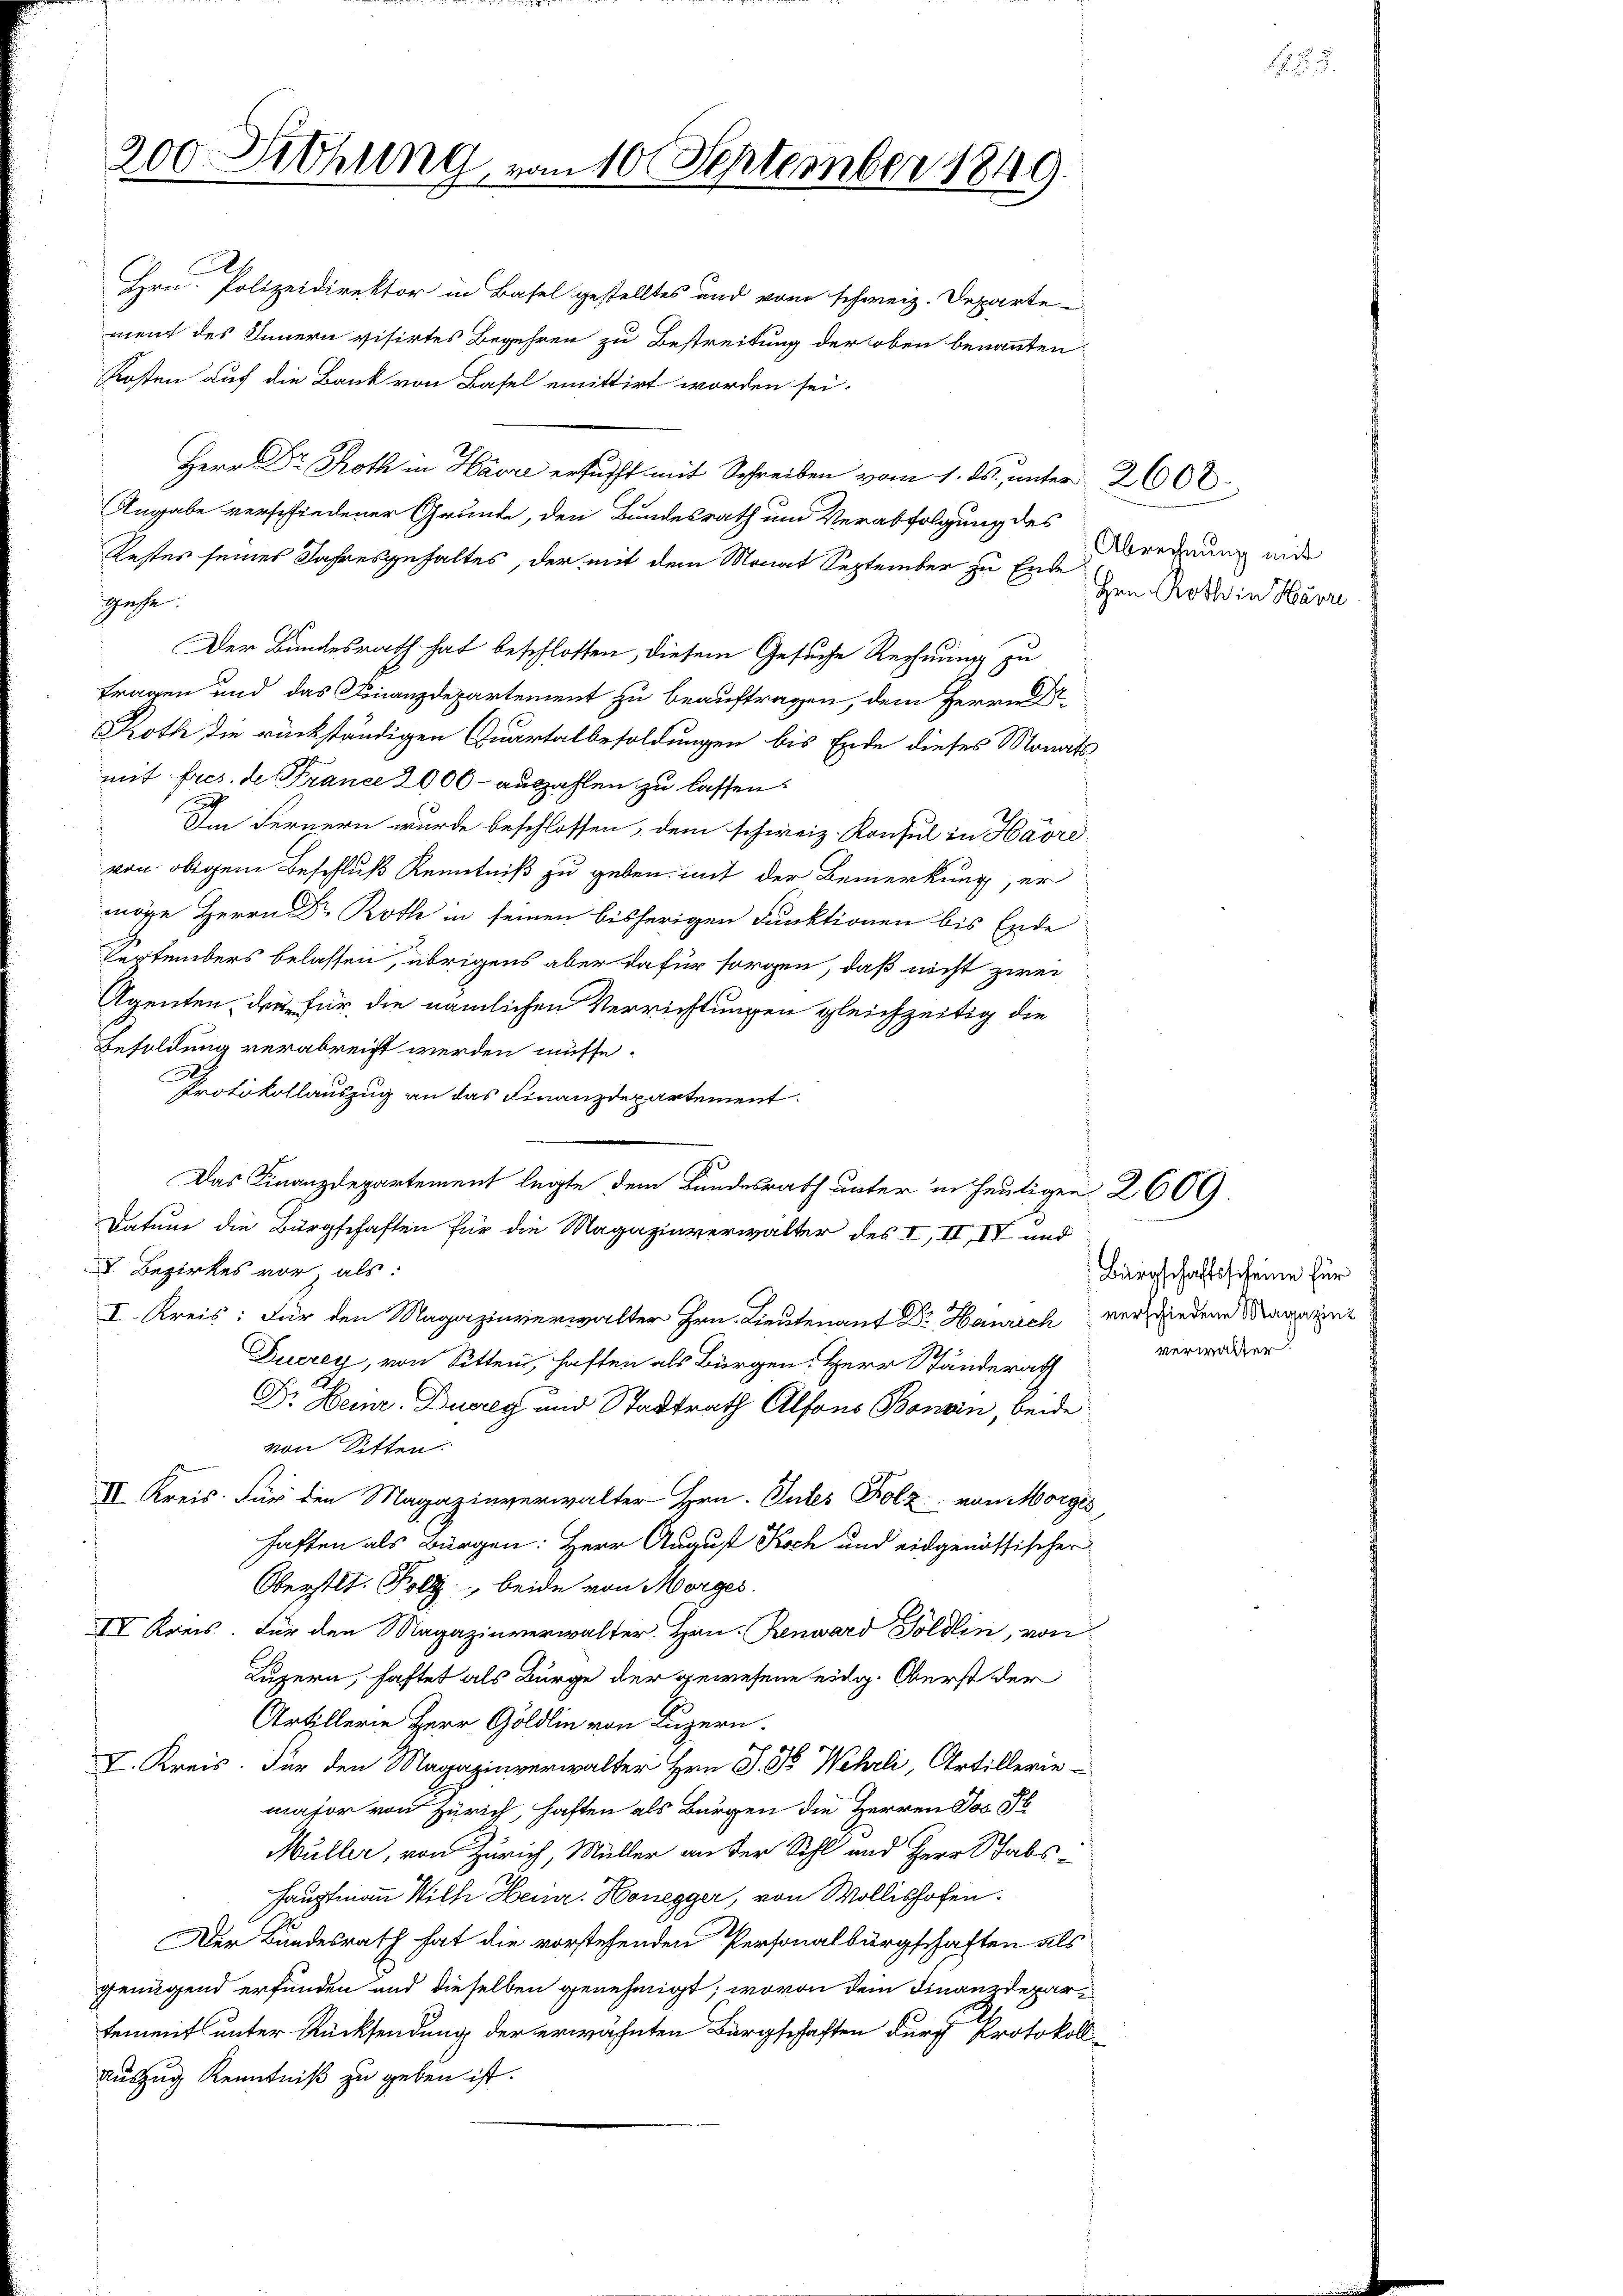
200 Drohung, vom 10. September 1849.

Kosten auf die Bank von Basel emittirt worden sei.
Herr Dr. Roth in Havre ersucht mit Schreiben vom 1. ds., unter 2600
Angabe verschiedener Grunde, den Bundesrath um Verabfolgung des
Restes seines Jahresgehaltes, der mit dem Monat September zu Ende
gufe.
Der Bundesrath hat beschlossen, diesem Gesuche Rechnung zu
tragen und das Finanzdepartement zu beauftragen, dem Herrn
Roth die rückständigen Quartalbesoldungen bis Ende dieses Monats-
mit fres. de France 2000 - auszahlen zu lassen.
9
Im Fernern wurde beschlossen, dem schweiz. Konsul in Havrevon obigem Beschluß Kenntniß zu geben mit der Bemerkung, er
möge Herrn Dr Roth in seinen bisherigen Funktionen bis Ende
Septembers belassen, übrigens aber dafür sorgen, daß nicht zwei
Agenten, die für die nämlichen Verrichtungen gleichzeitig die
Besoldung verabreicht werden müsse.
Protokollauszug an das Finanzdepartement.
Das Finanzdepartement legte dem Bundesrath unter in heutigen 2609.
Datum die Bürgschaften für die Magazinverwalter des I, II, IV und
I Bezirkes vor, als:
I. Kreis: Für den Magazinverwalter Hrn. Lieutenant Dr Haurich verschiedene Magaret
Ducrey, von Sitten, haften als Bürgen. Herr Standerath
Dr. Heinr. Dureg und Stadtrath Alfons Bonein, beide
von Sitten.
IV Kreis: Für den Magazinverwalter Hrn. Gutes Folz von Morges,
haften als Bürgen: Herr August Koch und eidgenössischer
Oberstl. Foll beide von Morges.
IV Kreis. Für den Magazinverwalter Han. Renward Göldlin, von
Luzern, haftet als Bürge der gewesene eidg. Oberst der
Artillerie Herr Göldlin von Luzern.
I. Kreis. Für den Magazinverwalter Hrn. J. J. Wehrli, Artillerie-
major von Zürich, haften als Bürgen die Herren Jos. Pl
Müller, von Zürich, Müller an der Sihl und Herr Stabs-
Hauptmann Wilh Heinr. Honegger, von Wollishofen.
Der Bundesrath hat die vorstehenden Personalbürgschaften als
genügend erfunden und dieselben genehmigt; wovon dem Finanzdepartement unter Rücksendung der erwähnten Bürgschaften durch Protokoll¬
Auszug Kenntniß zu geben ist.

A
Hrn. Polizeidirektor in Basel gestelltes und vom schweiz. Departe
ment des Innern visirtes Begehren zu Bestreitung der oben benannten

Abrechnung mit
Hrn. Roth in Harri

Bürgschaftsscheine für
verwalter.